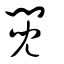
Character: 䦧